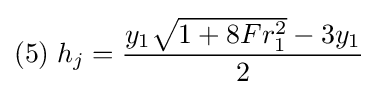
(5)\;h_{j}={\frac {y_{1}{\sqrt {1+8Fr_{1}^{2}}}-3y_{1}}{2}}